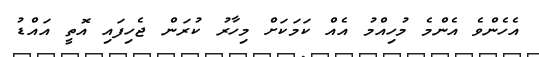
އެހެންވެ އެންމެ މުހިއްމު އެއް ކަމަކަށް މިހާރު ކުރަން ޖެހިފައި އޮތީ އައްޑު